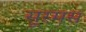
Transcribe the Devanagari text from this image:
सूरमस